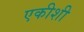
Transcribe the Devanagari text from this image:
एकीशी